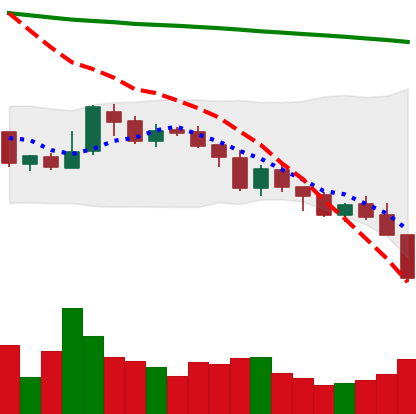
Ticker: XMR-USD
Chart end date: 2018-08-08
Forward return: -6.661%
Label: down_5_7